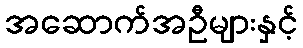
အဆောက်အဦများနှင့်